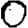
Digit: 0